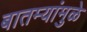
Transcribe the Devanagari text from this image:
बातम्यांमुळे